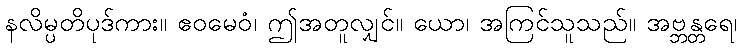
နလိမ္ပတိပုဒ်ကား။ ဧဝမေဝံ၊ ဤအတူလျှင်။ ယော၊ အကြင်သူသည်။ အဗ္ဘန္တရေ၊